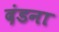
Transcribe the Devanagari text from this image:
दंडना